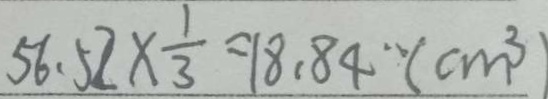
5 6 . 5 2 \times \frac { 1 } { 3 } = 1 8 . 8 4 ( c m ^ { 3 } )